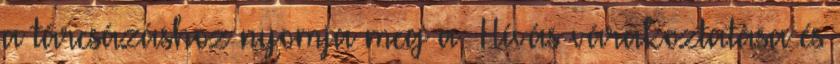
a tárcsázáshoz nyomja meg a Hívás várakoztatása és